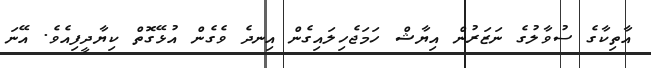
އާތިކާގެ ސުވާލުގެ ނަޒަރުން އިޔާޝް ހަމަޖެހިލައިގެން އިނދެ ވެގެން އުޅޭގޮތް ކިޔާދީފިއެވެ. އޭނަ